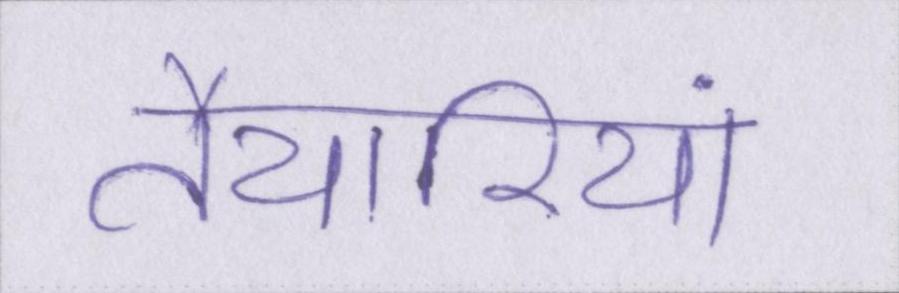
तैयारियां